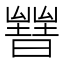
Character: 𣋧